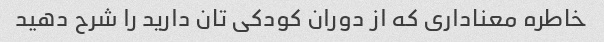
خاطره معناداری که از دوران کودکی تان دارید را شرح دهید